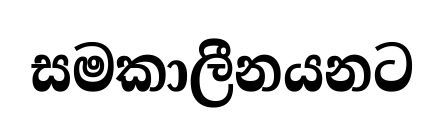
සමකාලීනයනට